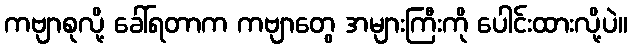
ကဗျာစုလို့ ခေါ်ရတာက ကဗျာတွေ အများကြီးကို ပေါင်းထားလို့ပဲ။